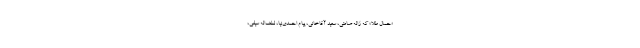
«حمال طلا» که ژاله صامتی، سعید آقاخانی، پیام احمدی‌نیا، لطف‌اله سیفی،